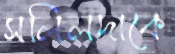
সলিলদাকে